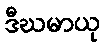
ဒီဃမာယု